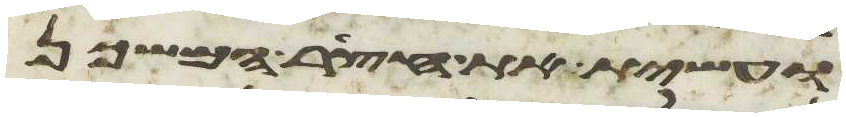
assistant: ועשית את חצר המשכן